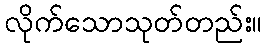
လိုက်သောသုတ်တည်း။